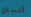
أتسلل